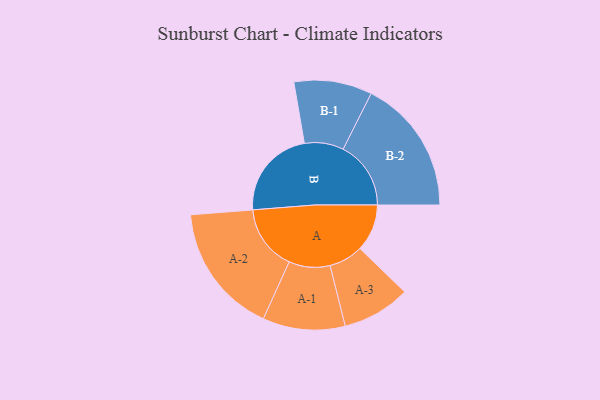
{"axis": {"x": "Segment", "y": "Value"}, "legend": ["", "A", "B"], "data": [{"x": "A", "y": 181, "type": ""}, {"x": "B", "y": 348, "type": ""}, {"x": "A-1", "y": 158, "type": "A"}, {"x": "A-2", "y": 251, "type": "A"}, {"x": "A-3", "y": 131, "type": "A"}, {"x": "B-1", "y": 150, "type": "B"}, {"x": "B-2", "y": 260, "type": "B"}]}